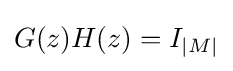
G(z)H(z)=I_{|M|}